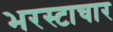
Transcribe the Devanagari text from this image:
भरस्टाचार